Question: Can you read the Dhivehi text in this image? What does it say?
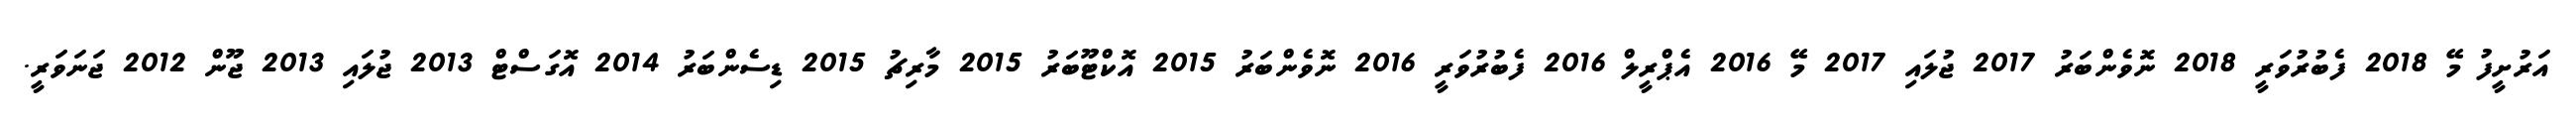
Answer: އަރުށީފު މޭ 2018 ފެބުރުވަރީ 2018 ނޮވެންބަރު 2017 ޖުލައި 2017 މޭ 2016 އެޕްރީލް 2016 ފެބުރުވަރީ 2016 ނޮވެންބަރު 2015 އޮކްޓޫބަރު 2015 މާރިޗު 2015 ޑިސެންބަރު 2014 އޮގަސްޓް 2013 ޖުލައި 2013 ޖޫން 2012 ޖަނަވަރީ.